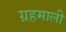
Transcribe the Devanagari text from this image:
ग्रहमाली